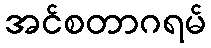
အင်စတာဂရမ်